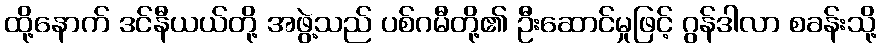
ထို့နောက် ဒင်နီယယ်တို့ အဖွဲ့သည် ပစ်ဂမီတို့၏ ဦးဆောင်မှုဖြင့် ဂွန်ဒါလာ စခန်းသို့